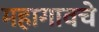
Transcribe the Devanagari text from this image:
महागावचे